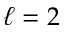
\ell = 2